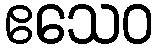
ဧသေဝ